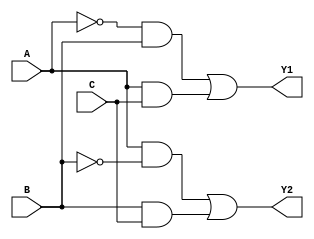
module combinational_logic (
    input wire A,      // Input A
    input wire B,      // Input B
    input wire C,      // Input C
    output wire Y1,    // Output Y1
    output wire Y2     // Output Y2
);

// Logic function definitions
// Example logic functions (minimized forms):
// Y1 = A'B + AC
// Y2 = AB' + BC

// Intermediate signals for clarity
wire A_not, B_not, C_not;

// Inverters
not (A_not, A);
not (B_not, B);
not (C_not, C);

// Y1 = A'B + AC
wire term1, term2;
and (term1, A_not, B);  // A'B
and (term2, A, C);      // AC
or (Y1, term1, term2);  // Y1 = A'B + AC

// Y2 = AB' + BC
wire term3, term4;
and (term3, A, B_not);  // AB'
and (term4, B, C);      // BC
or (Y2, term3, term4);  // Y2 = AB' + BC

endmodule